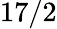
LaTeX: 17/2